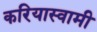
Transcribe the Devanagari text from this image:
करियास्वामी